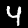
Digit: 4